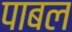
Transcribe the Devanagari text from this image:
पाबल